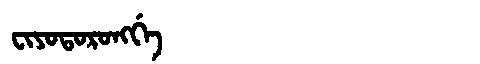
Manchu: ᠸᡳᠶᠣᡨᠣᡵᠣᠩᡤᡝ
Romanization: FIYOTORONGGE